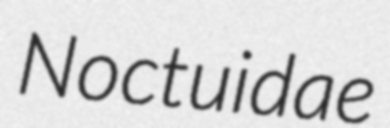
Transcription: Noctuidae